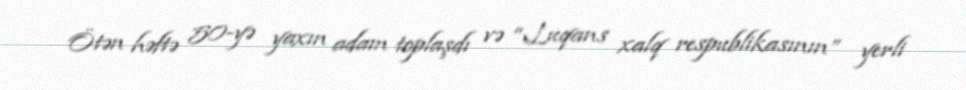
Ötən həftə 50-yə yaxın adam toplaşdı və “Luqans xalq respublikasının” yerli